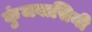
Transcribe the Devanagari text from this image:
कुंजवासिनी